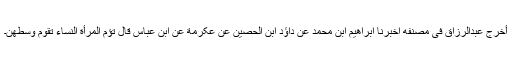
أخرج عبدالرزاق فی مصنفه اخبرنا ابراھیم ابن محمد عن داؤد ابن الحصین عن عکرمة عن ابن عباس قال تؤم المرأة النساء تقوم وسطھن۔